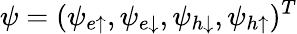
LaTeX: \psi=(\psi_{e\uparrow},\psi_{e\downarrow},\psi_{h\downarrow},\psi_{h\uparrow})^{T}